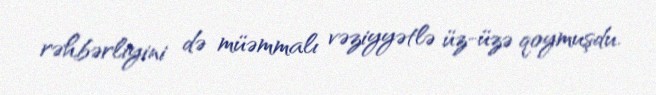
rəhbərliyini də müəmmalı vəziyyətlə üz-üzə qoymuşdu.